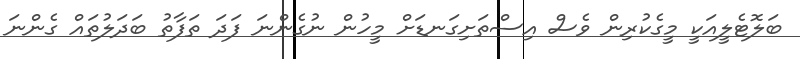
ބަލޮޓެލީއަކީ މީގެކުރިން ވެސް އިސްތަށިގަނޑަށް މީހުން ނުގެންނަ ފަދަ ތަފާތު ބަދަލުތައް ގެންނަ